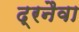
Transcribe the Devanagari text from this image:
द्रनैवा